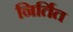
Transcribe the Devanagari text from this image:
निर्तित